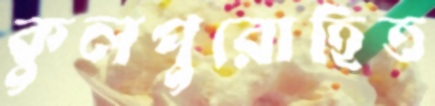
কুলপুরোহিত